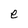
Character: e